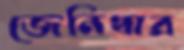
জেনিথার